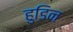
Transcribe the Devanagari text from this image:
हुडिन